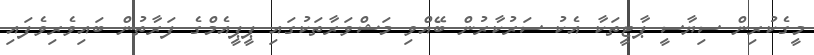
މީގެކުރިން ސިޔާސީ ޕާޓީތަކާ އެކު ސަރުކާރުން ބޭއްވި މަޝްވަރާތަކުގައި ޕީޕީއެމްގެ ފަރާތުން ބައިވެރިވެފައި